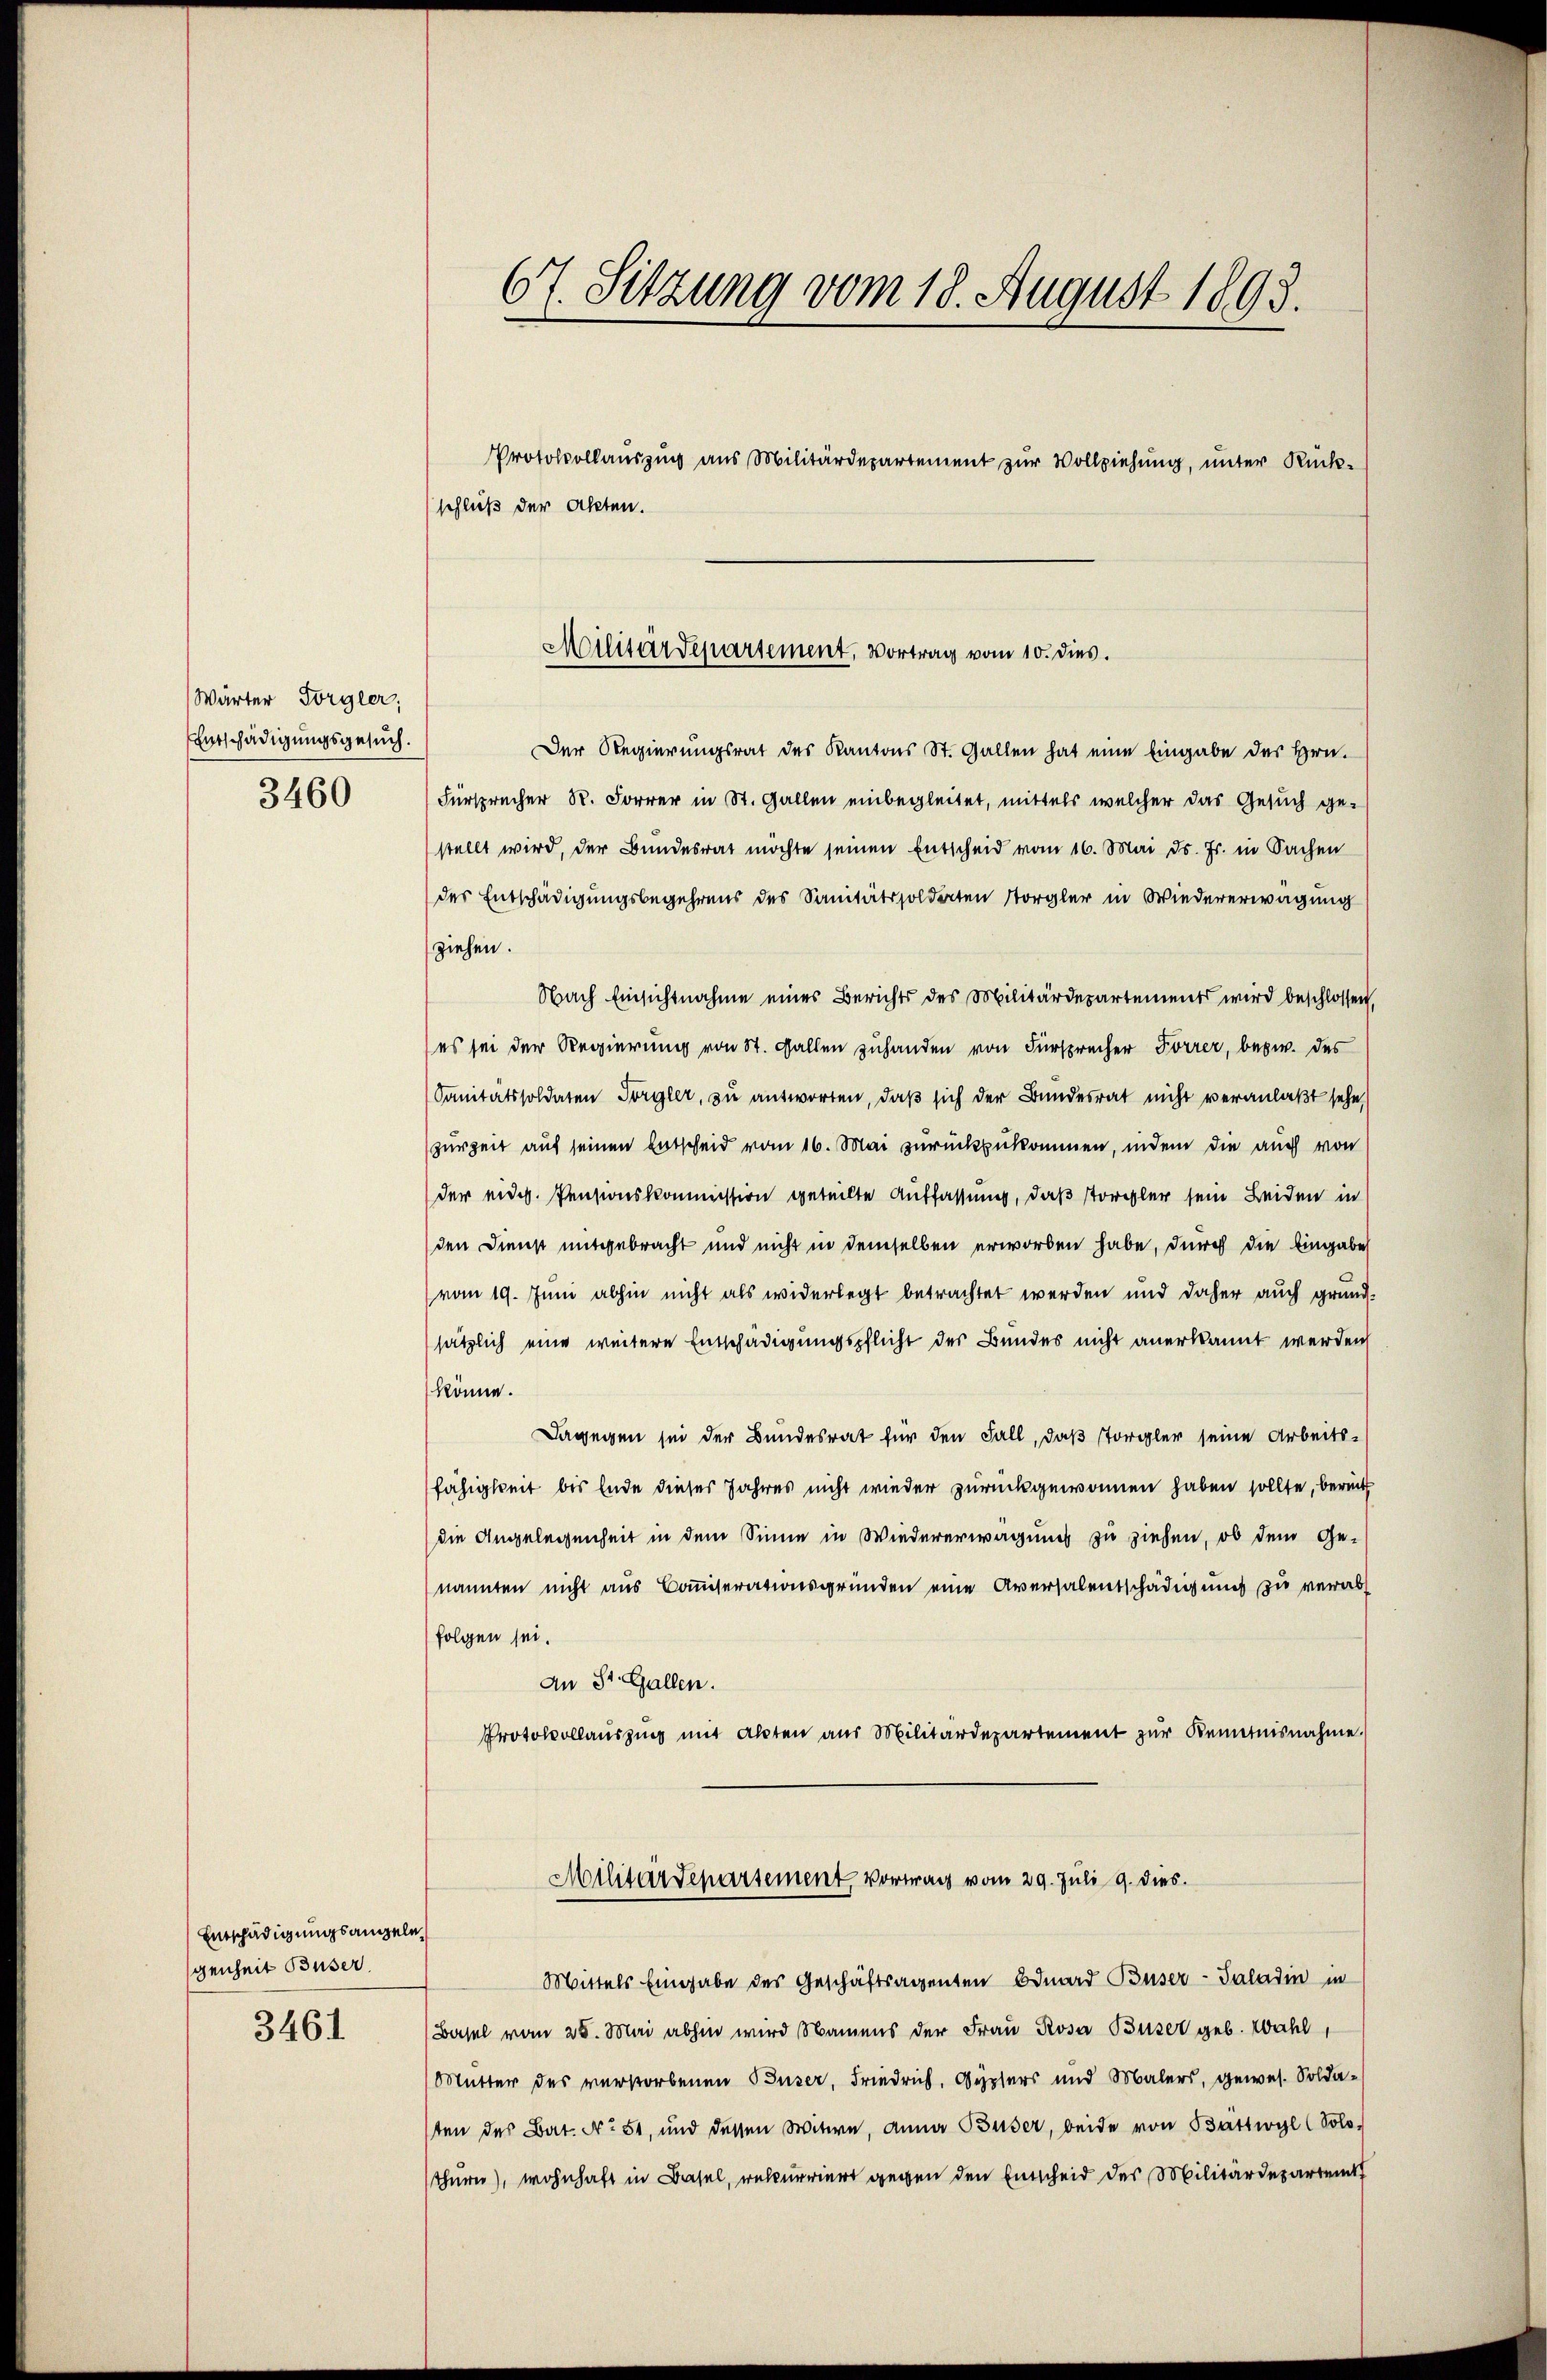
Wärter Torgler,
Entschädigungsgesuch.
3460

Entschädigungsangele
genheit Buser
3461

67. Sitzung vom 18. August 1893.
Protokollauszug aus Militärdepartement zur Vollziehung, unter Rückschluß der Akten.

Der Regierungsrat des Kantons St. Gallen hat eine Eingabe des Hrn.
Fürsprecher R. Forrer in St. Gallen einbegleitet, mittels welcher das Gesuch ge-
stellt wird, der Bundesrat möchte seinen Entscheid vom 16. Mai d. Js. in Sachen
der Entschädigungsbegehrens des Sanitätssoldaten Storgler in Wiedererwägung
ziehen.
Nach Einsichtnahme eines Berichts des Militärdepartements wird beschlossen,
(es sei der Regierung von St. Fallen zuhanden von Fürsprecher Forrer, bezw. des
Sanitätssoldaten Förgler, zu antworten, daβ sich der Bundesrat nicht veranlaßt sehe,
zurZeit auf seinen Entscheid vom 16. Mai zurückzukommen, indem die auch von
der eidg. Pensionskommission geteilte Auffassung, daß storppler sein Beiden in
den Dienst mitgebracht und nicht in demselben erworben habe, durch die Eingabe
vom 19. Juni abhin nicht als widerlegt betrachtet werden und daher auch grund-
sätzlich eine weitere Entschädigungspflicht der Bundes nicht anerkannt werden
könne.
Dagegen sei der Bundesrat für den Fall, daß störgler seine Arbeitsfähigkeit bis Ende dieses Jahres nicht wieder zurückgewonnen haben sollte, bereit
die Angelegenheit in dem Sinne in Wiedererwägung zu ziehen, ob dem Ge-
nannten nicht aus Commiserationsgründen eine Aversalentschädigung zu verab
folgen sei.
An St. Gallen.
Protokollauszug mit alten aus Militärdepartement zur Kenntnisnahme
Militärdepartement Vortrag vom 29. Juli 9. dies
Mittels Eingabe des Geschäftsagenten Eduard Buser-Saladin in
Basel vom 28. Mai abhin wird Namens der Frau Rosa Buser geb. Wahl
Mutter des verstorbenen Buser, Friedrich, Gypfers und Malers, gewes. Soldasten des Bat. No. 51, und dessen Witwe, Anna Buser, beide von Battwyl (Solo-
thurn), wohnhaft in Basel, rekurriert gegen den Entscheid des Militärdepartent

Militärdepartement, Vortrag vom 10. dies.